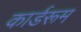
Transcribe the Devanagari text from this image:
कार्डरूम